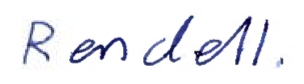
Text: Rendell.
Cross-out: clean
Writing tool: ballpoint